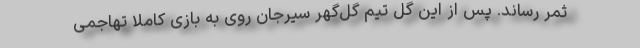
ثمر رساند. پس از این گل تیم گل‌گهر سیرجان روی به بازی کاملا تهاجمی